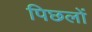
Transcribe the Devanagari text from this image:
पिछलों